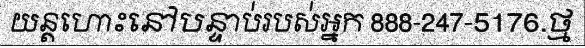
យន្តហោះនៅបន្ទាប់របស់អ្នក 888-247-5176.ថ្ម